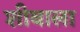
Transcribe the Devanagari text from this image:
शीबाला